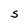
Character: S